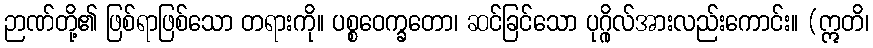
ဉာဏ်တို့၏ ဖြစ်ရာဖြစ်သော တရားကို။ ပစ္စဝေက္ခတော၊ ဆင်ခြင်သော ပုဂ္ဂိုလ်အားလည်းကောင်း။ (ဣတိ၊